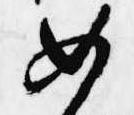
如